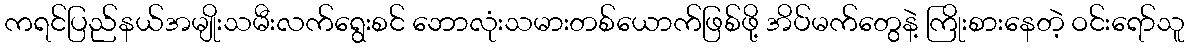
ကရင်ပြည်နယ်အမျိုးသမီးလက်ရွေးစင် ဘောလုံးသမားတစ်ယောက်ဖြစ်ဖို့ အိပ်မက်တွေနဲ့ ကြိုးစားနေတဲ့ ဝင်းရော်သူ